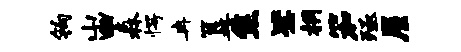
钩山幽森愕冉簋焦毖桐笳殛屋